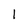
Character: 1